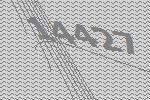
14427